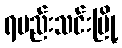
ရမည်းသင်းမြို့